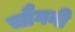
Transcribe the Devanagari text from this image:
चौगनी